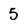
Character: 5